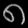
Digit: ၈